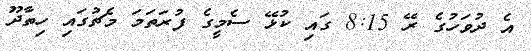
އެ ދުވަހުގެ ރޭ 8:15 ގައި ކުޅޭ ސެމީގެ ފުރަތަމަ މެޗުގައި ހިތާދޫ